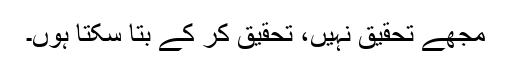
مجھے تحقیق نہیں، تحقیق کر کے بتا سکتا ہوں۔